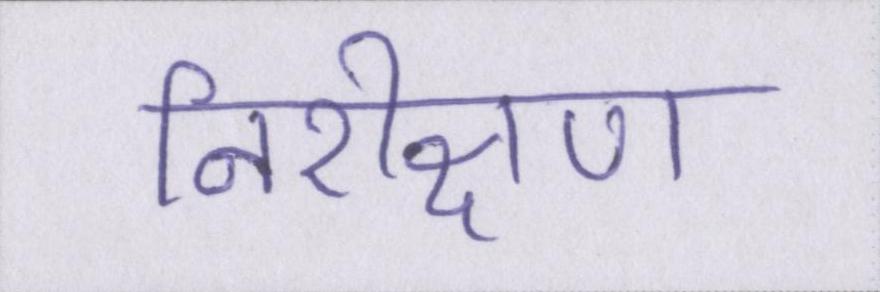
निरीक्षण